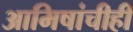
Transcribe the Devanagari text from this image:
आमिषांचीही